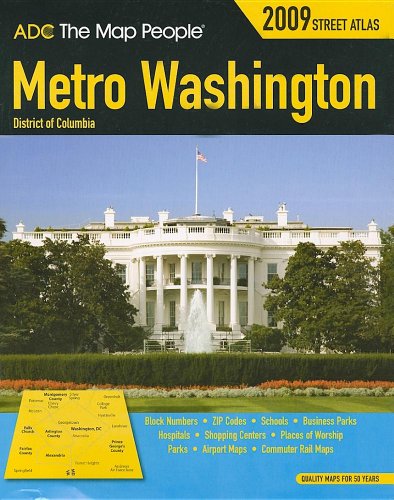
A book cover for Adc the Map People 2009 Washington, District of Columbia Street Atlas; Not Available (Na) ADC the Map People; Travel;